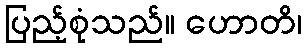
ပြည့်စုံသည်။ ဟောတိ၊